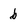
Character: b